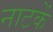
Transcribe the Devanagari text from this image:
नाटकें